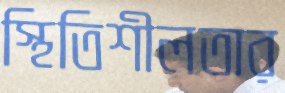
স্থিতিশীলতার